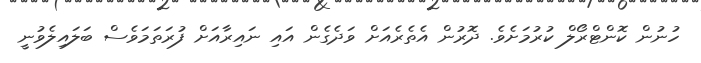
ހުނުން ކޮންޓްރޯލް ކުރުމަށެވެ. ދޮރުން އެތެރެއަށް ވަދެގެން އައި ނައިރާއަށް ފުރަތަމަވެސް ބަލައިލެވުނީ